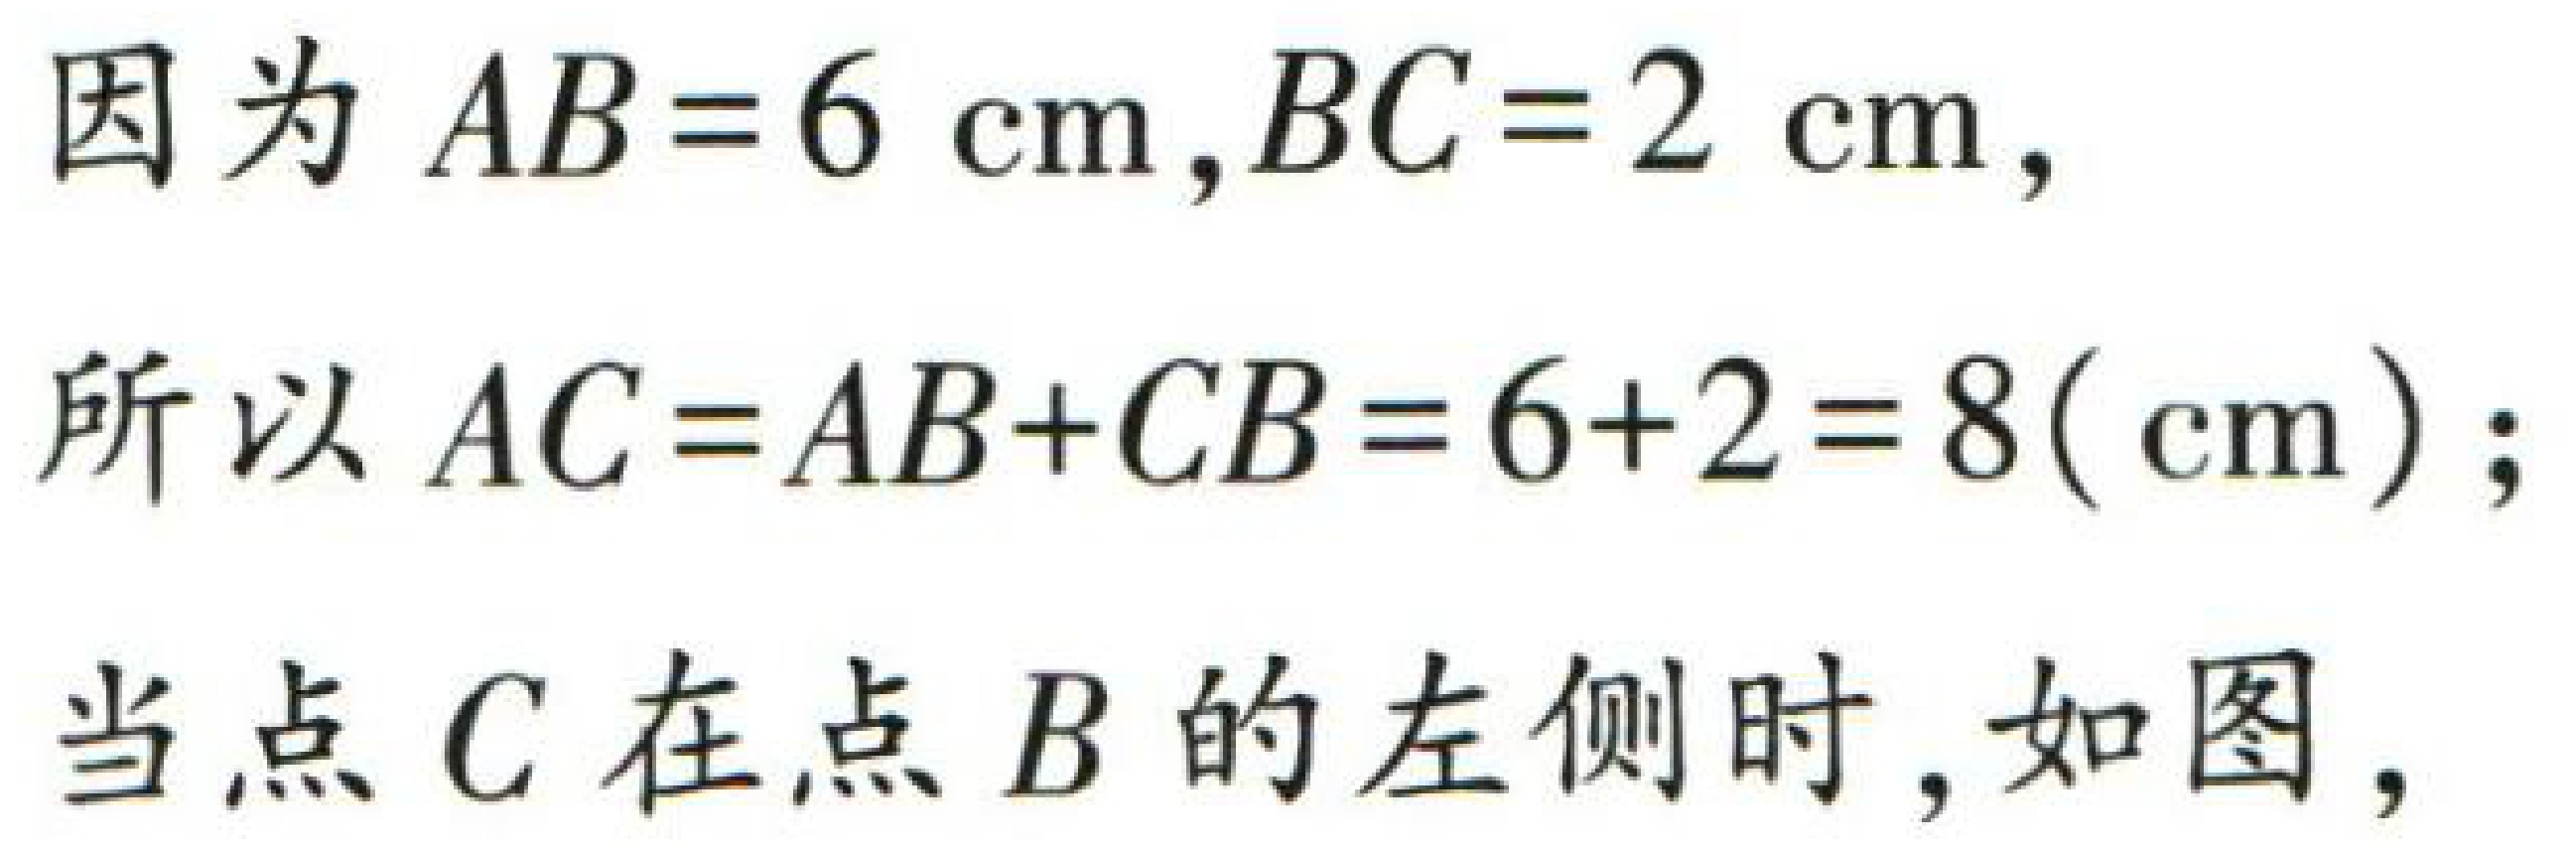
因为 \(AB = 6\mathrm{cm},BC = 2\mathrm{cm},\)

所以 \(AC=AB + CB=6 + 2 = 8(\mathrm{cm});\)

当点 \(C\) 在点 \(B\) 的左侧时，如图，